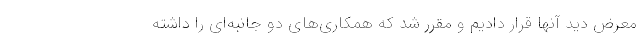
معرض دید آنها قرار دادیم و مقرر شد که همکاری‌های دو جانبه‌ای را داشته